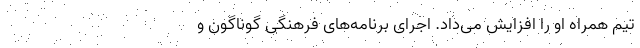
تیم همراه او را افزایش می‌داد. اجرای برنامه‌های فرهنگی گوناگون و